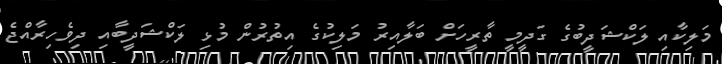
މަލިކާއި ލަކްޝަދީބުގެ ގަދީމީ ތާރީހަށް ބަލާއިރު މަލިކުގެ އިތުރުން މުޅި ލަކްޝަދީބާއި ދިވެހިރާއްޖެ